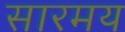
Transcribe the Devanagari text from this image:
सारमय